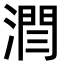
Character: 𣼐